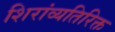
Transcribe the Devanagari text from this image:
शिरांव्यतिरिक्त